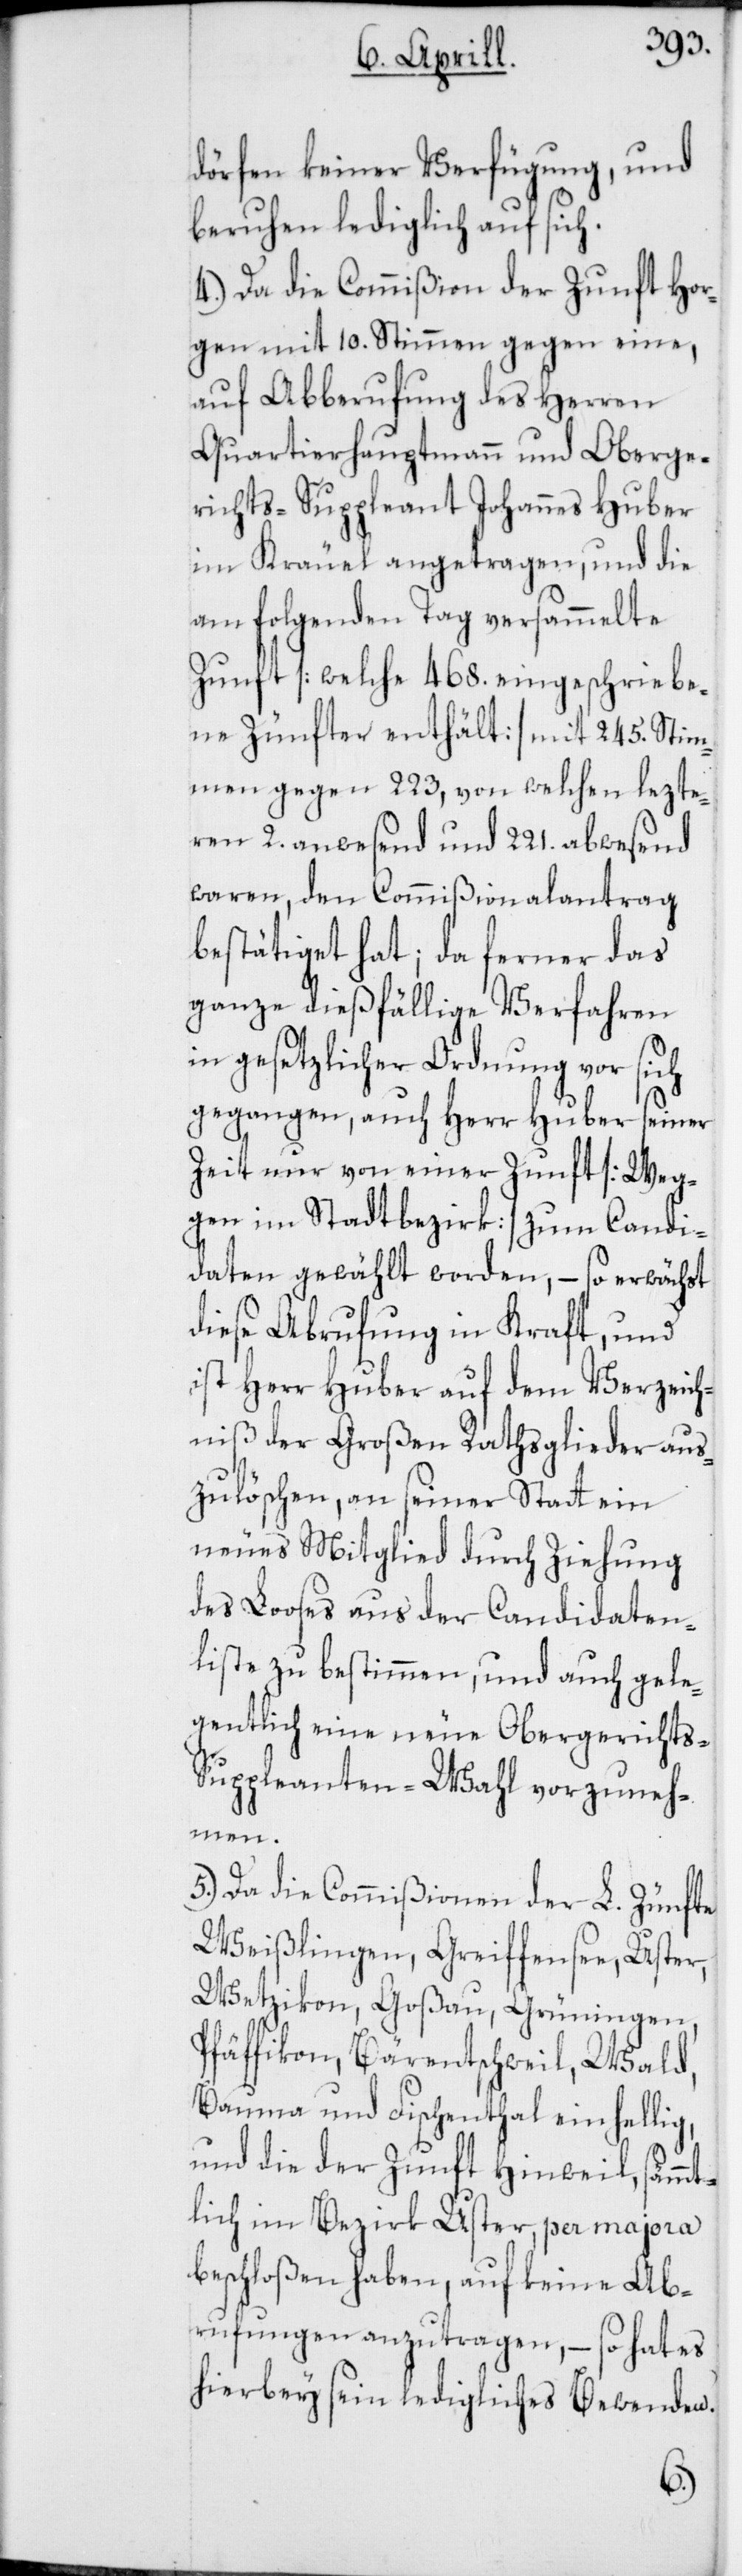
dörfen keiner Verfügung und
beruhen lediglich auf sich.
4.) Da die Commißion der Zunft Hor¬
gen mit 10. Stimmen gegen eine,
auf Abberufung des Herren
Quartierhauptmann und Oberge¬
richts-Suppleant Johannes Huber
im Kräuel angetragen, und die
am folgenden Tag versammelte
Zunft [welche 468. eingeschriebe¬
ne Zünfter enthält] mit 245. Stim¬
men gegen 223, von welchen lezte¬
ren 2. anwesend und 221. abwesend
waren, den Commißionalantrag
bestätiget hat; da ferner das
ganze dießfällige Verfahren
in gesetzlicher Ordnung vor sich
gegangen, auch Herr Huber seiner
Zeit nur von einer Zunft [Weg¬
gen im Stadtbezirk] zum Candi¬
daten gewählt worden, – so erwächst
diese Abrufung in Kraft, und
ist Herr Huber auf dem Verzeich¬
niß der Großen Rathsglieder aus¬
zulöschen, an seiner Statt ein
neues Mitglied durch Ziehung
des Looses aus der Candidaten¬
liste zu bestimmen, und auch gele¬
gentlich eine neue Obergerichts-S¬
uppleanten-Wahl vorzuneh¬
men.
5.) Da die Commißionen der L. Zünfte
Weißlingen, Greiffensee, Uster,
Wetzikon, Goßau, Grüningen,
Pfäffikon, Bärentschweil, Wald,
Bauma und Fischenthal einhellig,
und die der Zunft Hinweil, sämmt¬
lich im Bezirk Uster, per majora
beschloßen haben, auf keine Ab¬
rufungen anzutragen, – so hat es
hierbey sein ledigliches Bewenden.